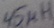
Text: 45µH